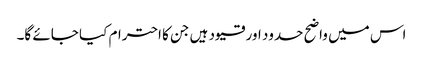
اس میں واضح حدود اور قیود ہیں جن کا احترام کیا جائے گا۔